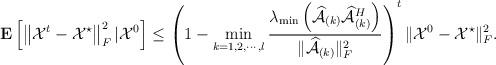
LaTeX: \begin{align*}\mathbf{E}\left[\left\|\mathcal{X}^{t}-\mathcal{X}^{\star}\right\|_{F}^{2}|\mathcal{X}^{0}\right]\leq\left(1-\mathop{\min}_{k=1,2,\cdots,l}\frac{\lambda_{\min}\left(\widehat{\mathcal{A}}_{(k)}\widehat{\mathcal{A}}_{(k)}^{H}\right)}{\|\widehat{\mathcal{A}}_{(k)}\|_{F}^{2}}\right)^{t}\|\mathcal{X}^{0}-\mathcal{X}^{\star}\|_{F}^{2}.\end{align*}